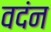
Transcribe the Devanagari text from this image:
वदंन